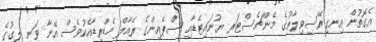
އެގޮތުން އިނގިރޭސިވިލާތުގެ މެންޗެސްޓަރ ޔުނައިޓެޑާއި ސްޕެއިންގެ ރެއާލް މެޑްރިޑާއެކުވެސް އޭނާ ވަނީ ލީގުގެ